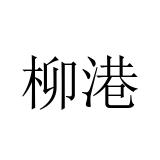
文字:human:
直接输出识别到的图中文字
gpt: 柳港